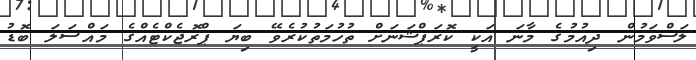
ލަސްވަމުން ދިއުމުގެ މާނަ އަކީ ކޮރަޕްޝަނަށް ތުހުމަތުކުރެވޭ ބިޔަ ޕްރޮޖެކްޓެއްގެ މައްސަލަ ބޮޑު